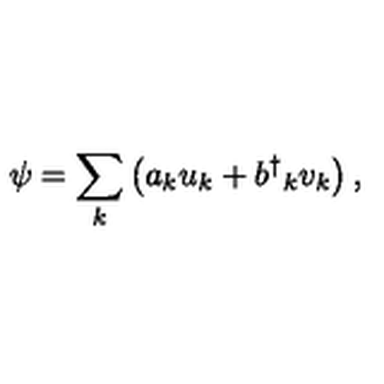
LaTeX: \psi = \sum _ { k } \left( a _ { k } u _ { k } + b ^ { \dag } { } _ { k } v _ { k } \right) ,